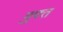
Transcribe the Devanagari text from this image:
म़ुफ्त